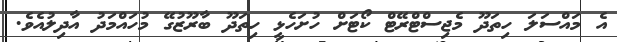
އެ މައްސަލަ ހިތަދޫ މެޖިސްޓްރޭޓް ކޯޓަށް ހުށަހެޅީ ހިތަދޫ ބާރޫޒުގޭ މުހައްމަދު އާދިލުއެވެ.